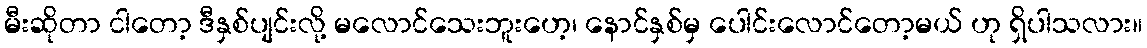
မီးဆိုတာ ငါတော့ ဒီနှစ်ပျင်းလို့ မလောင်သေးဘူးဟေ့၊ နောင်နှစ်မှ ပေါင်းလောင်တော့မယ် ဟု ရှိပါသလား။